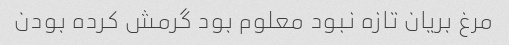
مرغ بریان تازه نبود معلوم بود گرمش کرده بودن